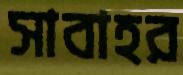
সাবাহর